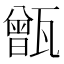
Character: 甑